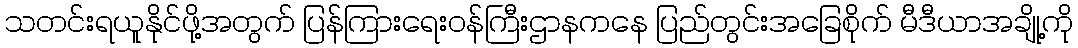
သတင်းရယူနိုင်ဖို့အတွက် ပြန်ကြားရေးဝန်ကြီးဌာနကနေ ပြည်တွင်းအခြေစိုက် မီဒီယာအချို့ကို